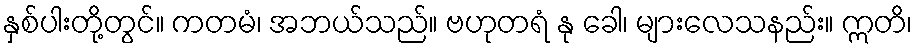
နှစ်ပါးတို့တွင်။ ကတမံ၊ အဘယ်သည်။ ဗဟုတရံ နု ခေါ၊ များလေသနည်း။ ဣတိ၊